system: You are a helpful assistant.
user:
Analyze the provided spectrum to determine if it is a **S-type Star**.

- **Key Indicators for S-type Star:**

    - **(Overall Spectrum Shape):** The first and most obvious characteristic is the overall continuum (the "baseline" shape). It is **extremely "red-sloping,"** meaning the flux (light intensity) is very low on the left side (blue, ~4000-4500 Å) and rises steeply and continuously toward the right side (red, ~7000 Å+).

    - **(Primary):** The spectrum is defined by the presence of strong, broad molecular absorption "valleys" (bands) from **Zirconium Oxide (ZrO)**. The identification of these bands is the **primary requirement** for classifying a star as S-type.
        - **(Key Bandheads):** You must find distinct, deep "dips" where the light has been absorbed. The most critical band systems to locate are:
            - **~6474 Å** ($\gamma$-system): This is often the strongest and clearest ZrO feature, found in the red part of the spectrum.
            - **~5718 Å** & **~5551 Å** ($\beta$-system): A pair of prominent absorption features in the yellow-orange part of the spectrum.
            - **~4640 Å** ($\alpha$-system): A key absorption band system in the blue-green region of the spectrum.

    - **(Secondary Confirmation):** The classification is strengthened by finding additional absorption bands from other related heavy element oxides, which are expected to be present alongside ZrO.
        - **(Key Bandheads):**
            - **Yttrium Oxide (YO):** Look for absorption dips near **~4800 Å** and **~6100 Å**.
            - **Lanthanum Oxide (LaO):** Additional absorption features, particularly in the red-orange part of the spectrum, are also characteristic.

    - **(Line Profile):** The combination of the steep red continuum and these numerous, deep molecular bands (ZrO, YO, etc.) gives the entire spectrum a very **"chopped-up"** or **"bumpy"** appearance. Instead of a smooth curve, the spectrum looks as though large, wide chunks of light have been "carved out" of it at the specific wavelengths listed above.

Think first, call **spectral_visualization_tool** if needed to examine features in detail, then provide your final answer. Your response must adhere to the following strict rules:
1.  **Overall Structure:** Your response must follow the format `<think>...</think> <tool_call>...</tool_call> (if a tool is used) <answer>...</answer>`.
2.  **Tool Usage Constraint:** You may only make **one** tool call per turn.
3.  **Final Answer Format:** In the `<answer>` tag, your conclusion must be inside a `\boxed{}` command (e.g., `\boxed{YES}` or `\boxed{NO}`), followed by your justification.

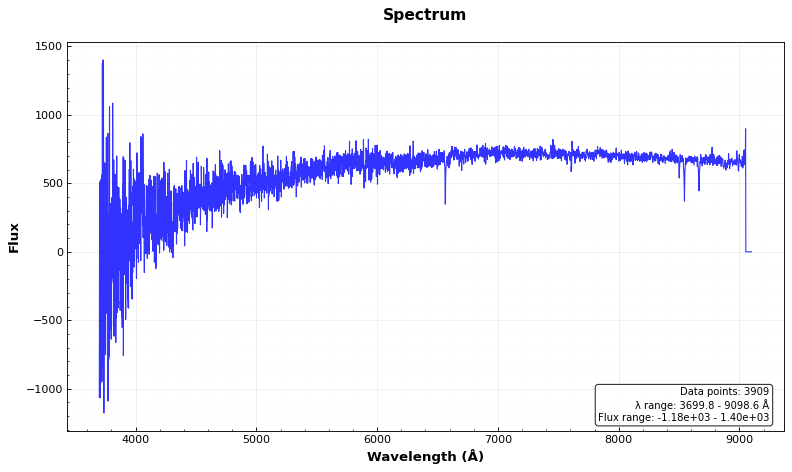
Answer: NO